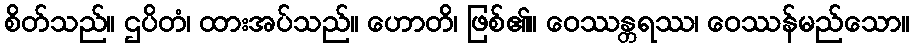
စိတ်သည်။ ဌပိတံ၊ ထားအပ်သည်။ ဟောတိ၊ ဖြစ်၏။ ဝေဿန္တရဿ၊ ဝေဿန်မည်သော။